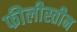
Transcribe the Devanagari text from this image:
फीलीस्तीन